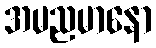
အမညမာနော